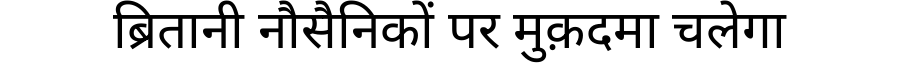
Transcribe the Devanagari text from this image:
ब्रितानी नौसैनिकों पर मुक़दमा चलेगा